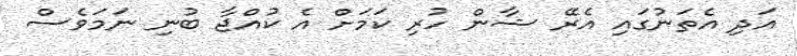
އަދި އެތަނުގައި އެރޭ ޝާން ހުރި ކަމަށް އެ ކުއްޖާ ބުނި ނަމަވެސް